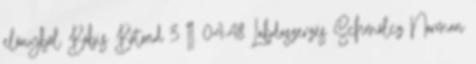
előnyből Bóbis Botond 3 II. 04:48 Labdaszerzés Schmölcz Norman